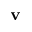
\mathbf { v }